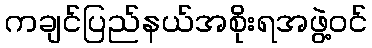
ကချင်ပြည်နယ်အစိုးရအဖွဲ့ဝင်